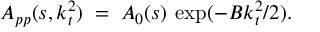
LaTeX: A _ { p p } ( s , k _ { t } ^ { 2 } ) \; = \; A _ { 0 } ( s ) \: \exp ( - B k _ { t } ^ { 2 } / 2 ) .